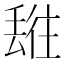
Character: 𬻯